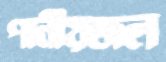
পানীয়জল